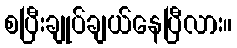
စပြီးချုပ်ချယ်နေပြီလား။